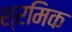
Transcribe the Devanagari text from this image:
श्रमिक